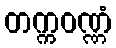
တက္ကဝဏ္ဏံ